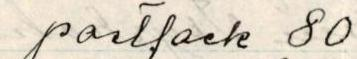
postfack